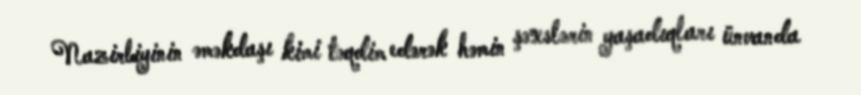
Nazirliyinin əməkdaşı kimi təqdim edərək həmin şəxslərin yaşadıqları ünvanda